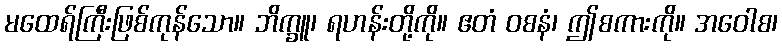
မထေရ်ကြီးဖြစ်ကုန်သော။ ဘိက္ခူ၊ ရဟန်းတို့ကို။ ဧတံ ဝစနံ၊ ဤစကားကို။ အဝေါစ၊